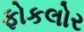
ફોકલોર